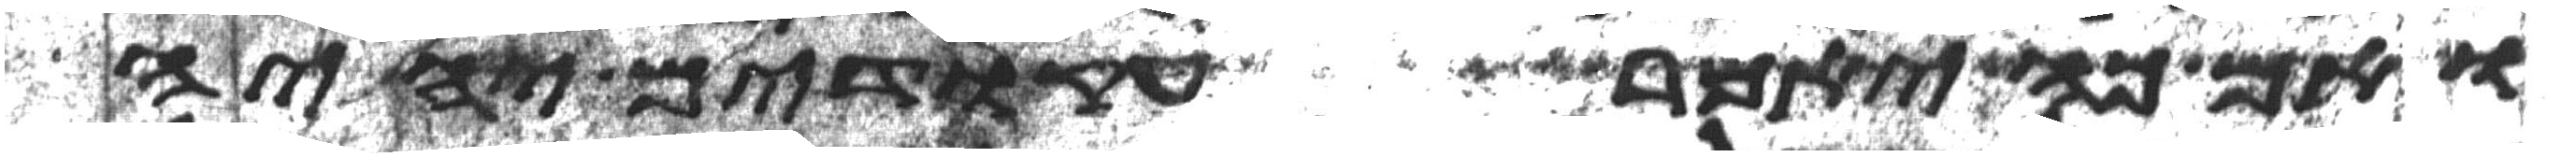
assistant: ואם כה יאמר עקודים יהיה